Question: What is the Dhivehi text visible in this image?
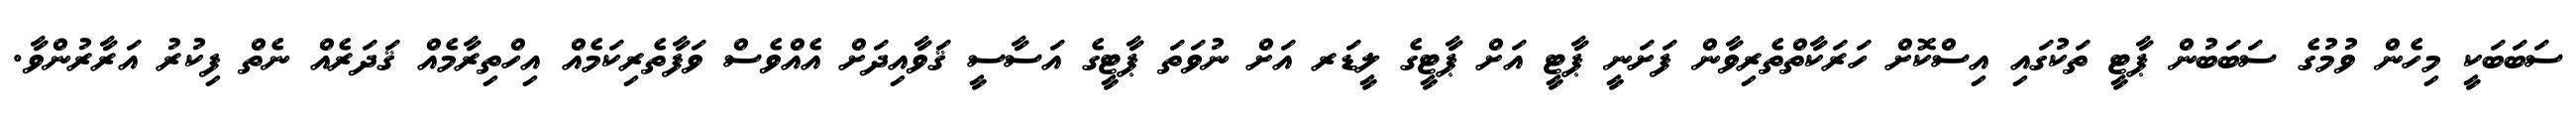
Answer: ސަބަބަކީ މިހެން ވުމުގެ ސަބަބުން ޕާޓީ ތަކުގައި އިސްކޮށް ހަރަކާތްތެރިވާން ފަށަނީ ޕާޓީ އަށް ޕާޓީގެ ލީޑަރ އަށް ނުވަތަ ޕާޓީގެ އަސާސީ ޤަވާއިދަށް އެއްވެސް ވަފާތެރިކަމެއް އިހްތިރާމެއް ޤަދަރެއް ނެތް ފިކުރު އަރާރުންވާ.